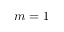
m = 1